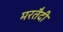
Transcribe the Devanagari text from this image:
मरतैदी